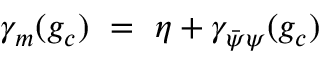
\gamma _ { m } ( g _ { c } ) ~ = ~ \eta + \gamma _ { \bar { \psi } \psi } ( g _ { c } )